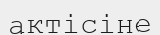
актісіне